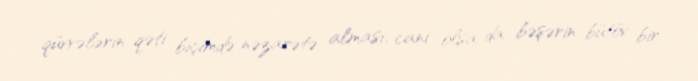
qüvvələrin qəti biçimdə nəzarətə alması, cani olsa da bəşərin bütöv bir